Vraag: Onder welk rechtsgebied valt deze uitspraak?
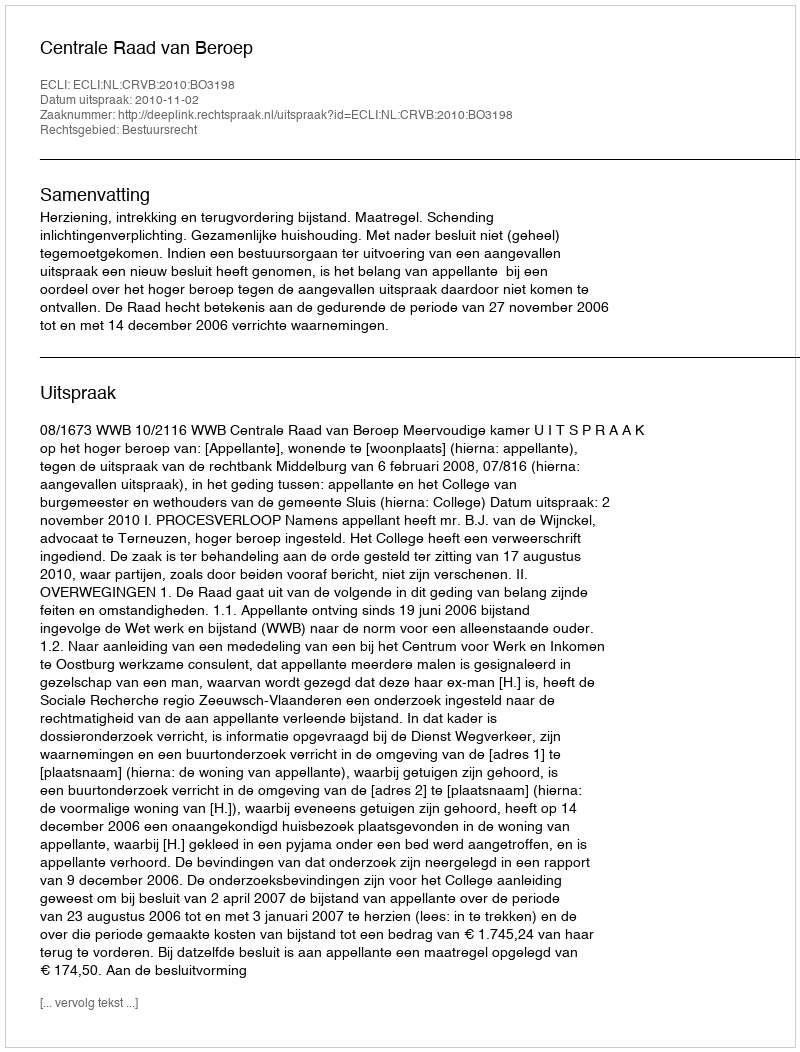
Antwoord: Bestuursrecht